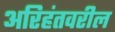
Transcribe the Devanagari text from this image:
अरिहंतवरील